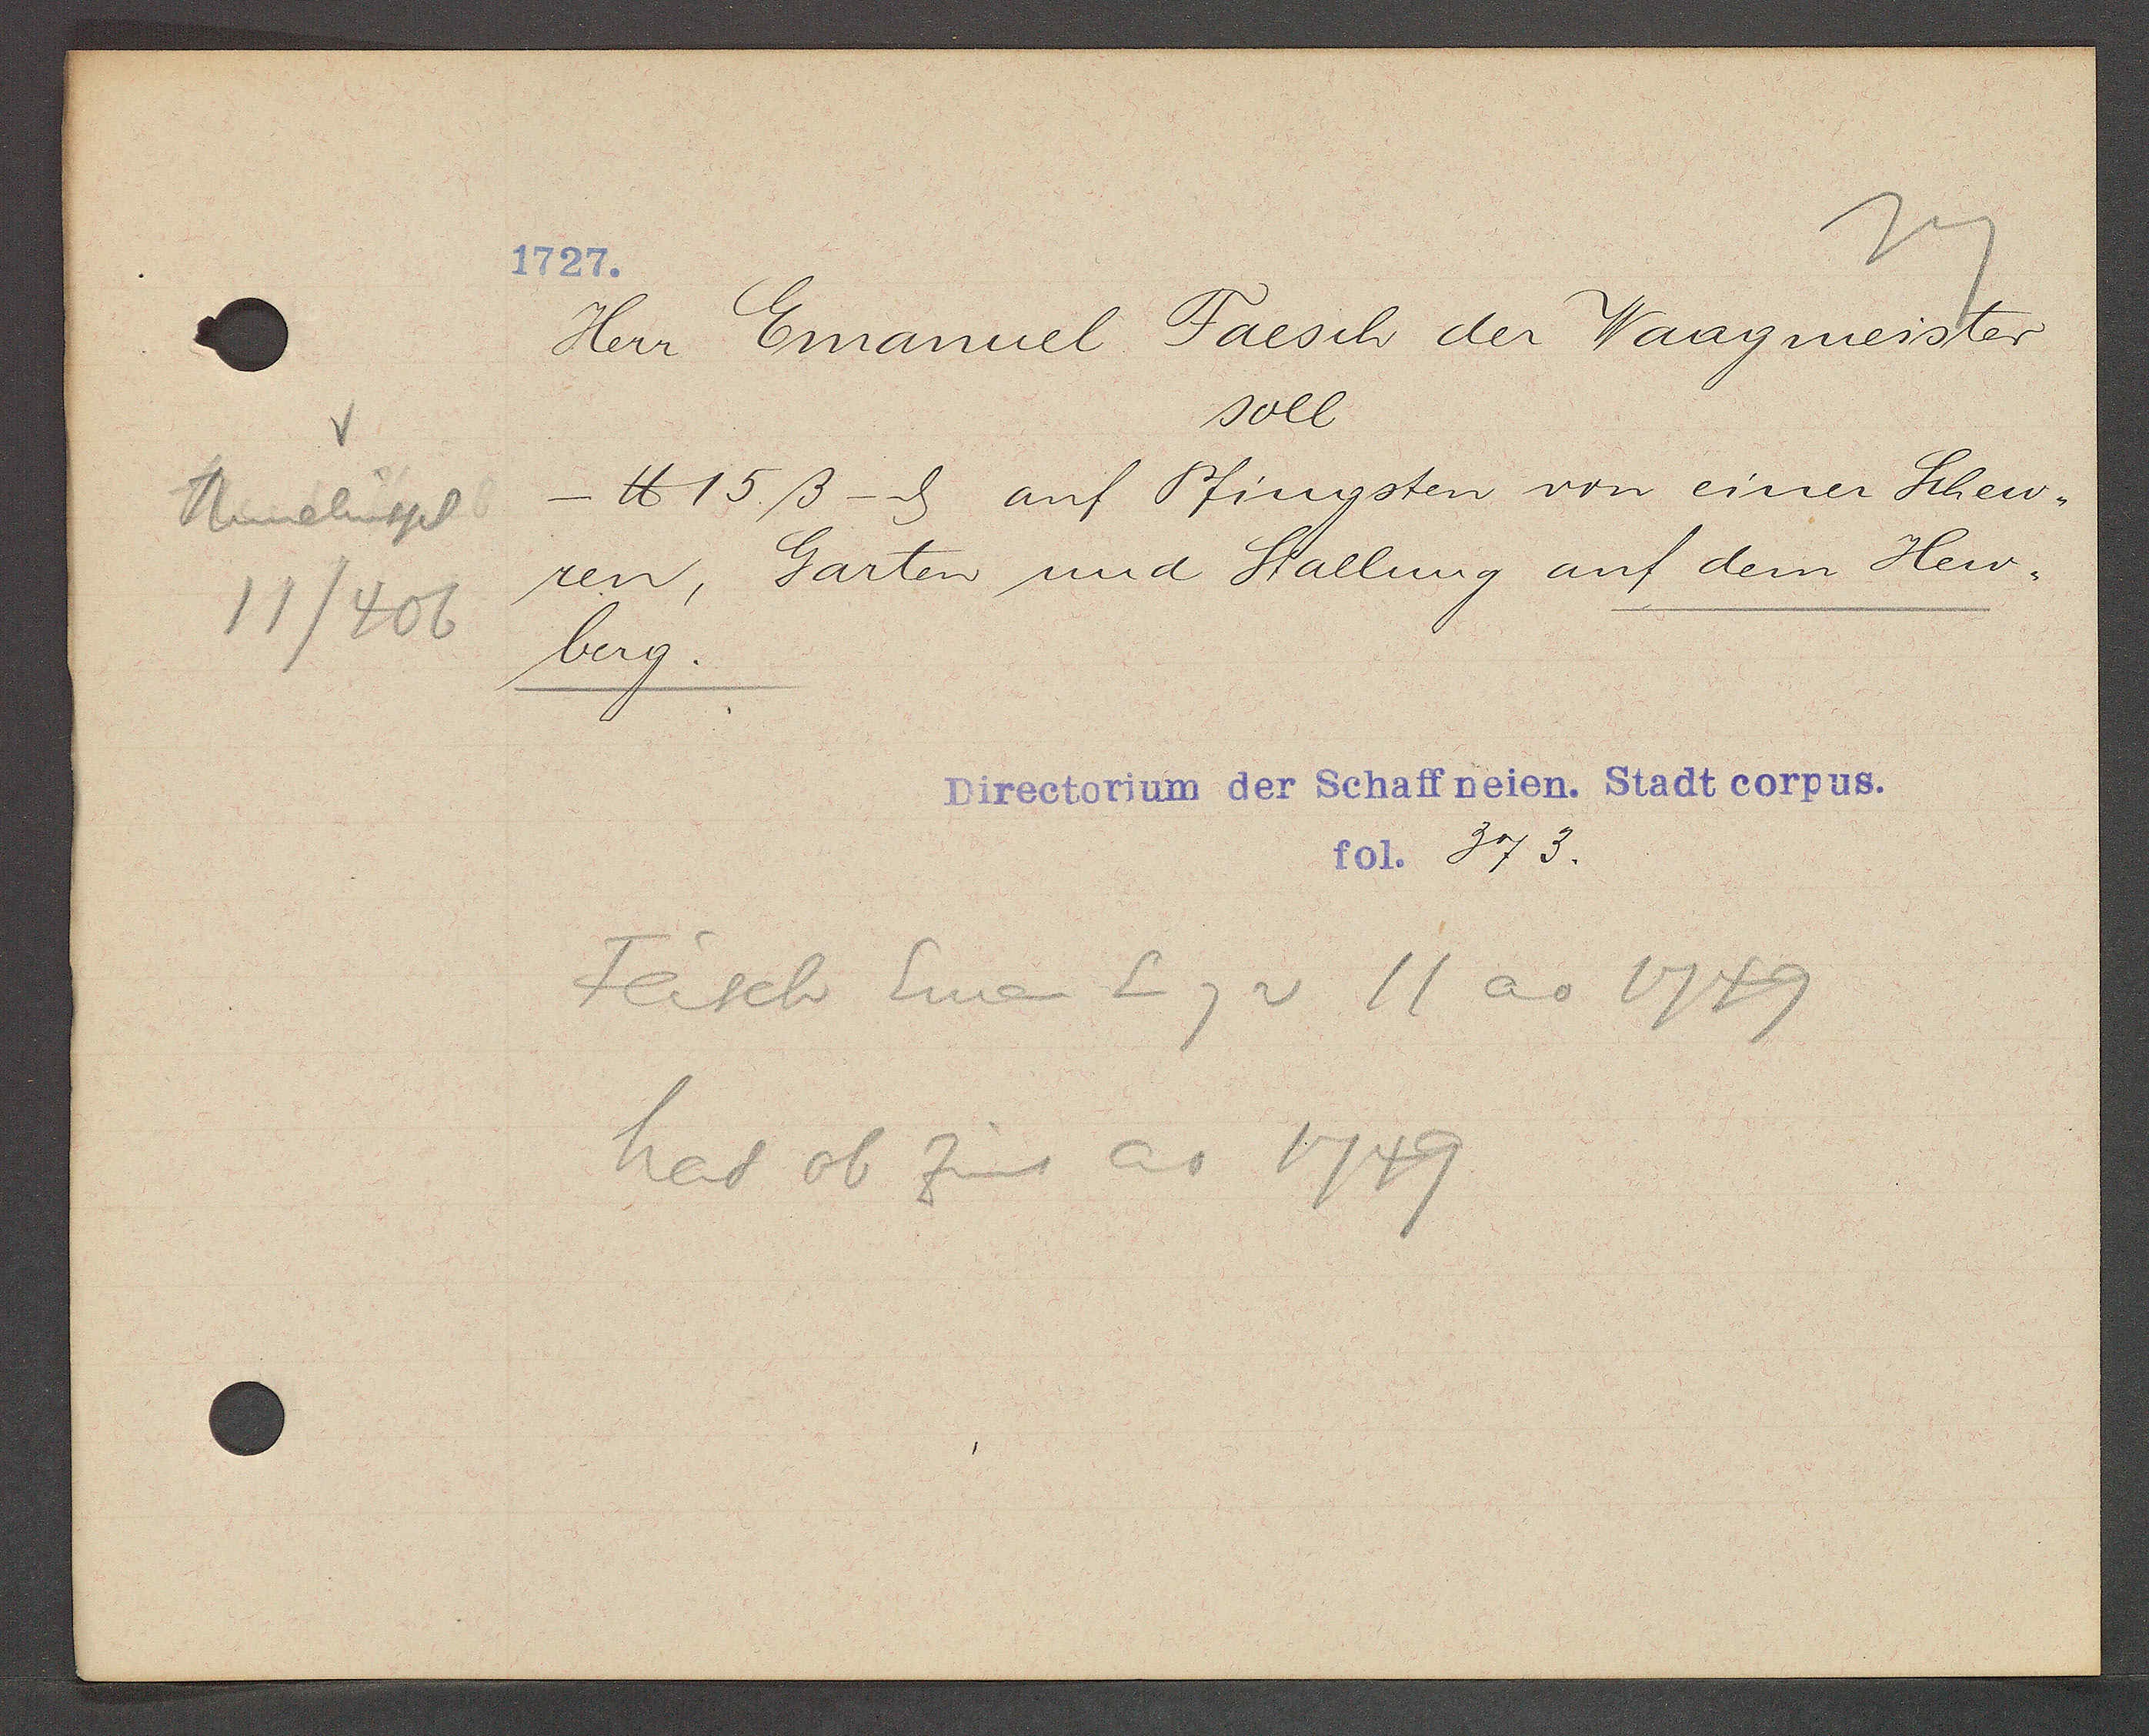
Transcript:
Rumelinspl
11/406

1727.

Herr Emanuel Faesch der Waagmeister
soll
- ℔ 15ß -ȡ auf Pfingsten von einer Schew¬
ren, Garten und Stallung auf dem Hew¬
berg.

Directorium der Schaffneien. Stadt corpus.
fol. 373.

Fäsch Eman Eig v 11 ao 1749
hat ob Zins ao 1749